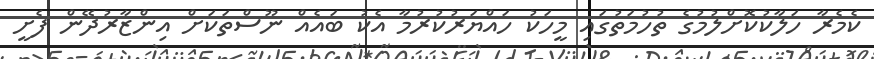
ކެމެރާ ހަލާކުކޮށްލުުމުގެ ތުހުމަތުގައި މީހަކު ހައްޔަރުކުރުމާ އެކު ބައެއް ނޫސްތަކަށް އިންޒާރުދޭން ފެށީ